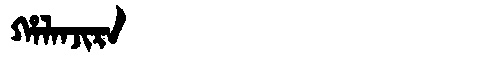
Manchu: ᡥᠠᠯᠠᠨᠵᡳᡵᠠ
Romanization: HALANJIRA